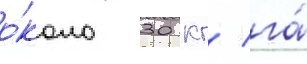
о́коло 30 кг/ га́